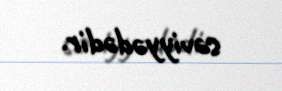
səviyyədədir.